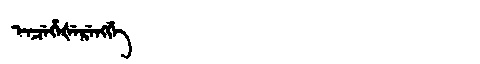
Manchu: ᡝᠨᠴᡝᡥᡝᡧᡝᡵᡝᠩᡤᡝ
Romanization: ENCEHEŠERENGGE